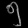
Digit: ၅